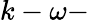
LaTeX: k-\omega-